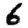
Digit: 6